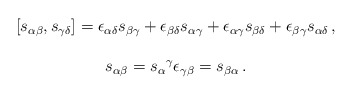
\begin{align*}\begin{array}{c}[s_{\alpha\beta},s_{\gamma\delta}]=\epsilon_{\alpha\delta}s_{\beta\gamma}+\epsilon_{\beta\delta}s_{\alpha\gamma}+\epsilon_{\alpha\gamma}s_{\beta\delta}+\epsilon_{\beta\gamma}s_{\alpha\delta}\,,\\{}\\s_{\alpha\beta}=s_{\alpha}{}^{\gamma}\epsilon_{\gamma\beta}=s_{\beta\alpha}\,.\end{array}\end{align*}